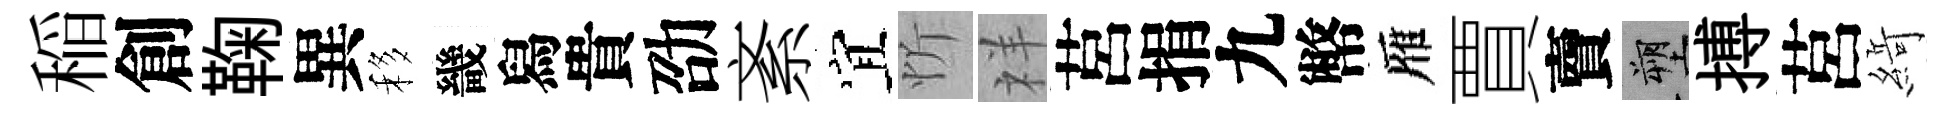
稲創鞠異移畿舄貴劭紊宜忻祥莒捐九幣雁賈𧶠塑搏莒𦂶